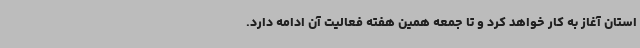
استان آغاز به کار خواهد کرد و تا جمعه همین هفته فعالیت آن ادامه دارد.